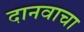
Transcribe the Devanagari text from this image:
दानवाचा